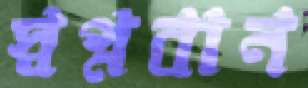
স্বপ্নবান